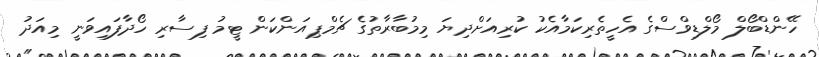
ހޭންޑްބޯލް މޯލްޑިވްސްގެ އެހީތެރިކަމާއެކު ކުރިއަށްދިޔަ މިމުބާރާތުގެ ޗެމްޕިއަންކަން ޓީމު ފިސާރި ހޯދާފައިވަނީ މިއަދު